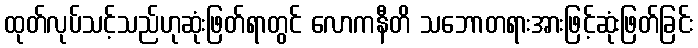
ထုတ်လုပ်သင့်သည်ဟုဆုံးဖြတ်ရာတွင် လောကနီတိ သဘောတရားအားဖြင့်ဆုံးဖြတ်ခြင်း